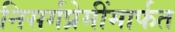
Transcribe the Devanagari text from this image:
निसर्गप्रेमींमार्फत